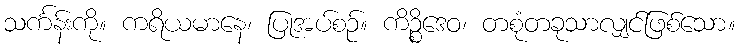
သင်္ကန်းကို။ ကရိယမာနေ၊ ပြုအပ်စဉ်။ ကိဉ္စိဒေဝ၊ တစုံတခုသာလျှင်ဖြစ်သော။